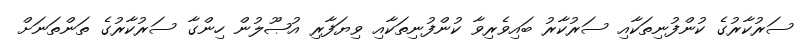
ސަރުކާރުގެ ކުންފުނިތަކާއި ސަރުކާރު ބައިވެރިވާ ކުންފުނިތަކާއި ވިޔަފާރި އުޞޫލުން ހިންގާ ސަރުކާރުގެ ތަންތަނަށް